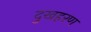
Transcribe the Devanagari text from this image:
दुखहरण